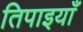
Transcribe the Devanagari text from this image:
तिपाइयाँ